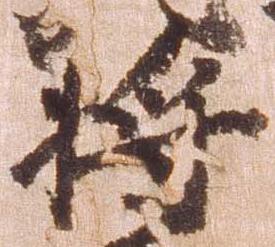
将